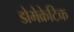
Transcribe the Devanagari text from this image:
डोमेक्रेटिक